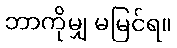
ဘာကိုမျှ မမြင်ရ။